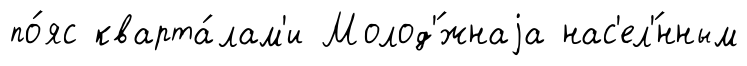
по́яс кварта́лам'и Молод'́жнаjа нас'ел'́нным